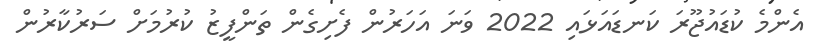
އެންމެ ކުޑައުޖޫރަ ކަނޑައަޅައި 2022 ވަނަ އަހަރުން ފެށިގެން ތަންފީޒު ކުރުމަށް ސަރުކާރުން